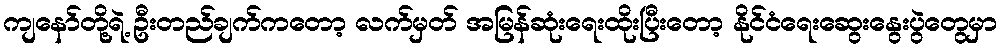
ကျနော်တို့ရဲ့ ဦးတည်ချက်ကတော့ လက်မှတ် အမြန်ဆုံးရေးထိုးပြီးတော့ နိုင်ငံရေးဆွေးနွေးပွဲတွေမှာ